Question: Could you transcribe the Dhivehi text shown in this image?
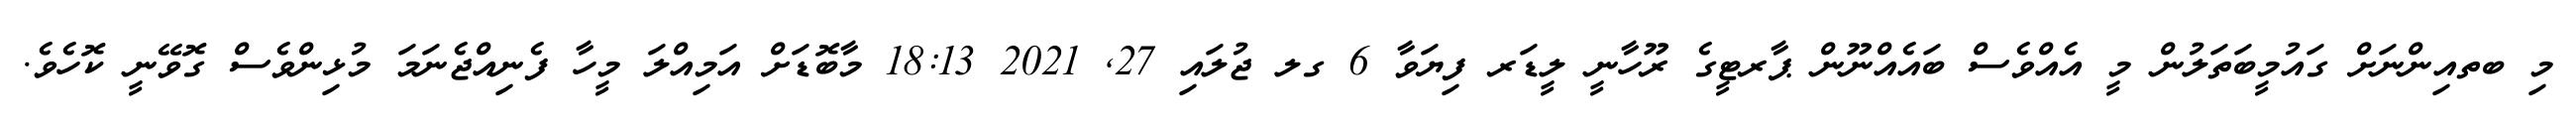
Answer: މި ބތއިންނަށް ގައުމީބަތަލުން މީ އެއްވެސް ބައެއްނޫން ޕާރޓީގެ ރޫހާނީ ލީޑަރ ފިޔަވާ 6 ގލ ޖުލައި 27, 2021 18:13 މާބޮޑަށް އަމިއްލަ މީހާ ފެނިއްޖެނަމަ މުޅިންވެސް ގޮވޭނީ ކޮހެވެ.